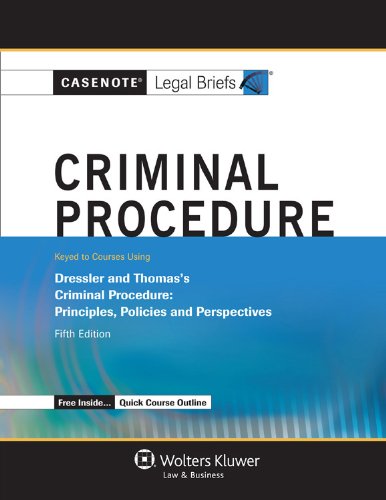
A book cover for Casenote Legal Briefs: Criminal Procedure, Keyed to Dressler and Thomas, Fifth Edition; Casenote Legal Briefs; Law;